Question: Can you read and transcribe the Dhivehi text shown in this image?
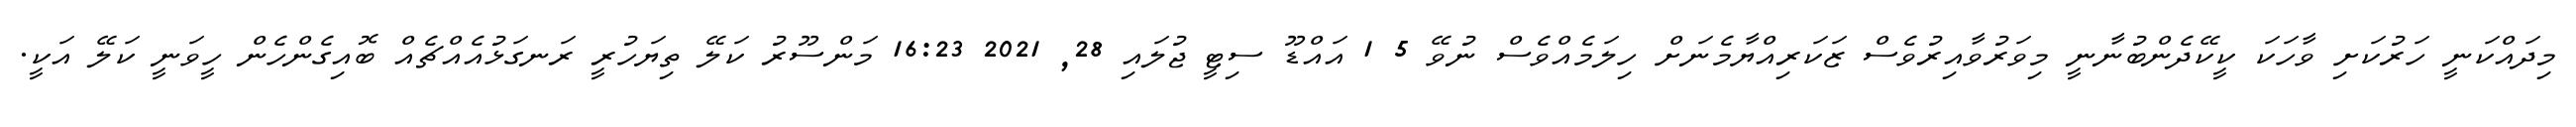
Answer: މިދައްކަނީ ހަރުކަށި ވާހަކަ ކީކޭދެންބުނާނީ މިވަރުވާއިރުވެސް ޒަކަރިއްޔާމެނަށް ހިލަމެއްވެސް ނުވޭ 5 1 އައްޑޫ ސިޓީ ޖުލައި 28, 2021 16:23 މަންސޫރު ކަލޭ ތިޔަހުރީ ރަނގަޅުއެއްޗެއް ބޮއިގެންހެން ހީވަނީ ކަލޭ އަކީ.